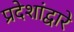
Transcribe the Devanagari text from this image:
प्रदेशांद्वारे